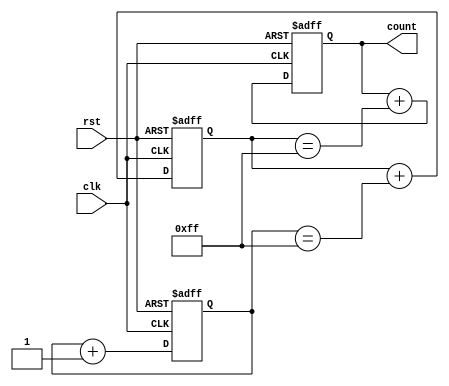
module cascaded_counter(
    input wire clk,
    input wire rst,
    output reg [7:0] count
);

reg [7:0] count1, count2, count3;

always @(posedge clk or posedge rst) begin
    if (rst) begin
        count1 <= 8'b00000000;
        count2 <= 8'b00000000;
        count3 <= 8'b00000000;
    end else begin
        count1 <= count1 + 1;
        count2 <= count2 + (count1 == 8'b11111111);
        count3 <= count3 + (count2 == 8'b11111111);
    end
end

assign count = count3;

endmodule